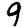
Digit: 9